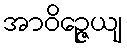
အာဝိဉ္ဇေယျ